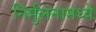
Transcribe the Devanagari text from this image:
निर्मुलनामध्ये